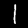
Digit: 1